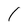
Character: 1